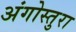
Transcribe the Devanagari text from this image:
अंगोस्तुरा